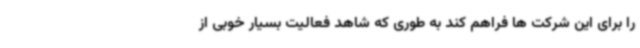
را برای این شرکت ها فراهم کند به طوری که شاهد فعالیت بسیار خوبی از